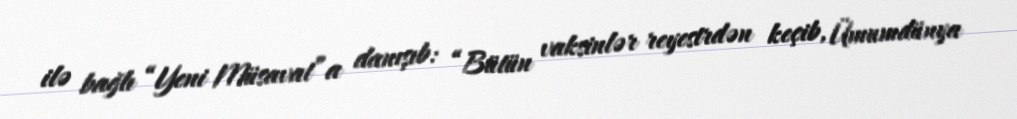
ilə bağlı “Yeni Müsavat”a danışıb: “Bütün vaksinlər reyestrdən keçib, Ümumdünya